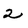
Character: 2